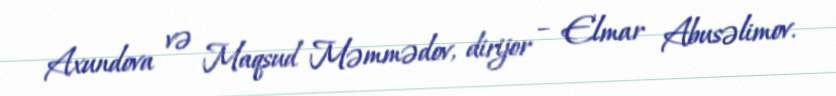
Axundova və Maqsud Məmmədov, dirijor – Elmar Abusəlimov.